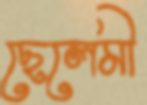
ছেলেমী